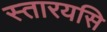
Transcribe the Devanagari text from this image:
स्तारयसि